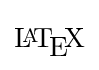
\mathrm {L\!\!^{{}_{\scriptstyle A}}\!\!\!\!\!\;\;T\!_{\displaystyle E}\!X}